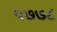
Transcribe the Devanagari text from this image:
५७७८